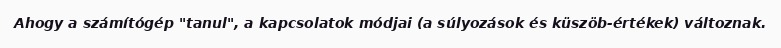
Ahogy a számítógép "tanul", a kapcsolatok módjai (a súlyozások és küszöb-értékek) változnak.